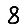
Digit: 8